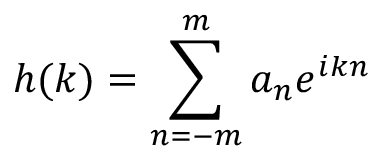
h ( k ) = \sum _ { n = - m } ^ { m } a _ { n } e ^ { i k n }